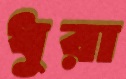
ধুরা